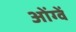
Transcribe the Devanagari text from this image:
ओंग्वें